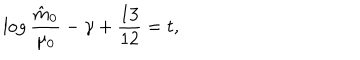
LaTeX: \log { \frac { \hat { m } _ { 0 } } { \mu _ { 0 } } } - \gamma + { \frac { 1 3 } { 1 2 } } = t ,